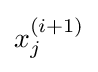
x_{j}^{(i+1)}